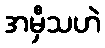
အမှီသဟဲ